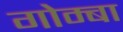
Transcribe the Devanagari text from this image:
गोम्बा